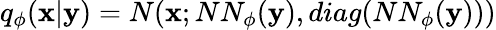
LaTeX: q_{\phi}(\textbf{x}|\textbf{y})=N(\textbf{x};NN_{\phi}(\textbf{y}),diag(NN_{\phi}(\textbf{y})))